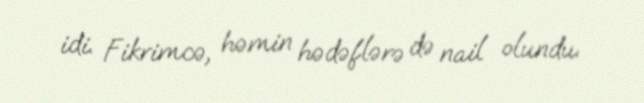
idi. Fikrimcə, həmin hədəflərə də nail olundu.